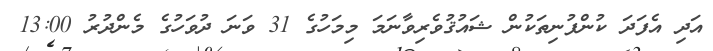
އަދި އެފަދަ ކުންފުނިތަކުން ޝައުޤުވެރިވާނަމަ މިމަހުގެ 31 ވަނަ ދުވަހުގެ މެންދުރު 13:00